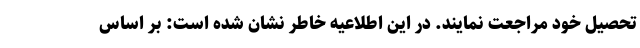
تحصیل خود مراجعت نمایند. در این اطلاعیه خاطر نشان شده است: بر اساس